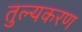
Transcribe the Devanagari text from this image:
तुल्यकरण